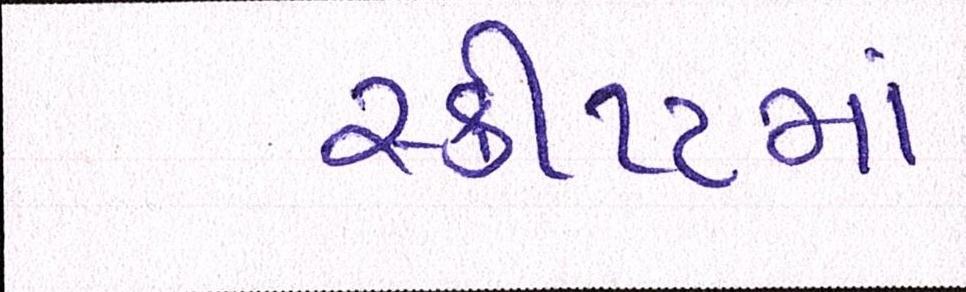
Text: સ્ક્રીપ્ટમાં